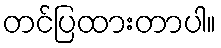
တင်ပြထားတာပါ။